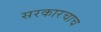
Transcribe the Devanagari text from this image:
सरकारचाच